Lunatic asylums in Bengal annual reports 1912-1924 - 1912-1924
Year: 1912
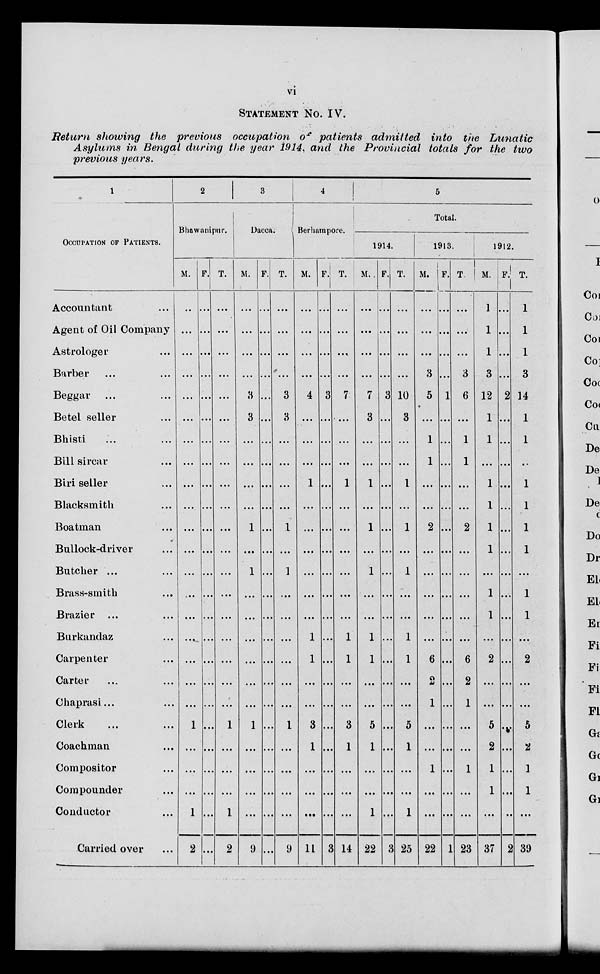
vi
STATEMENT No. IV.
Return showing the previous occupation of patients admitted
into the
Lunatic
Asylums in Bengal during the year 1914, and the Provincial totals for the two
previous years.
1
OCCUPATION OF PATIENTS.
Accountant ...
Agent of Oil Company
Astrologer ...
Barber ...
Beggar ... ...
Betel seller ...
Bhisti ...
Bill sircar ...
Biri seller ...
Blacksmith ...
Boatman ...
Bullock-driver ...
Butcher ...
Brass-smith ...
Brazier ... ...
Burkandaz ...
Carpenter ...
Carter ...
Chaprasi ... ...
Clerk
...
...
Coachman ...
Compositor ...
Compounder ...
Conductor ...
Carried over ...
2
Bhawanipur.
M.
...
...
...
...
...
...
...
...
...
...
...
...
...
...
...
...
...
...
...
...
...
...
...
1
2
F.
...
...
...
...
...
...
...
...
...
...
...
...
...
...
...
...
...
...
...
...
...
...
...
...
...
T.
...
...
...
...
...
...
...
...
...
...
...
...
...
...
...
...
...
...
...
...
...
...
...
1
2
3
Dacca.
M.
...
...
...
...
3
3
...
...
...
...
1
...
1
...
...
...
...
...
...
1
...
...
...
...
9
F.
...
...
...
...
...
...
...
...
...
...
...
...
...
...
...
...
...
...
...
...
...
...
...
...
...
T.
...
...
...
...
3
3
...
...
...
...
1
...
1
...
...
...
...
...
...
1
...
...
...
...
9
4
Berhampore.
M.
...
...
...
...
4
...
...
...
1
...
...
...
...
...
...
1
1
...
...
3
1
...
...
...
11
F.
...
...
...
...
3
...
...
...
...
...
...
...
...
...
...
...
...
...
...
...
...
...
...
...
3
T.
...
...
...
...
7
...
...
...
1
...
...
...
...
...
...
1
1
...
...
3
1
...
...
...
14
5
Total.
1914.
M.
...
...
...
...
7
3
...
...
1
...
1
...
1
...
...
1
1
...
...
5
1
...
...
1
22
F.
...
...
...
...
4
...
...
...
...
...
...
...
...
...
...
...
...
...
...
...
...
...
...
...
3
T.
...
...
...
...
10
3
...
...
1
...
1
...
1
...
...
1
1
...
...
5
1
...
...
1
25
1913.
M.
...
...
...
3
5
...
1
1
...
...
2
...
...
...
...
...
6
2
1
...
...
1
...
...
22
F.
...
...
...
...
1
...
...
...
...
...
...
...
...
...
...
...
...
...
...
...
...
...
...
...
1
T.
...
...
...
3
6
...
1
1
...
...
2
...
...
...
...
...
6
2
1
...
...
1
...
...
23
1912.
M.
1
1
1
3
12
1
1
...
1
1
1
1
...
1
1
...
2
...
...
5
2
1
1
...
37
F.
...
...
...
...
2
...
...
...
...
...
...
...
...
...
...
...
...
...
...
...
...
...
...
...
2
T.
1
1
1
3
14
1
1
...
1
1
1
1
...
1
1
...
2
...
...
5
2
1
1
...
39